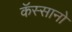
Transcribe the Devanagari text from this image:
कॅस्सानो